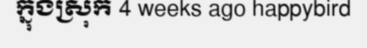
ក្នុងស្រុក 4 weeks ago happybird